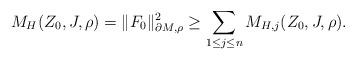
LaTeX: \begin{align*}M_H(Z_0,J,\rho)=\|F_0\|_{\partial M,\rho}^2\ge\sum_{1\le j\le n}M_{H,j}(Z_0,J,\rho).\end{align*}